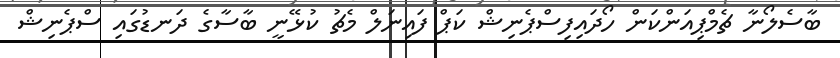
ބާސެލޯނާ ޗެމްޕިއަންކަން ހޯދައިފިސްޕެނިޝް ކަޕް ފައިނަލް މެޗު ކުޅޭނީ ބާސާގެ ދަނޑުގައި ސްޕެނިޝް